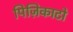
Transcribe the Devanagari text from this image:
पिज़िकाटो